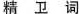
精卫词